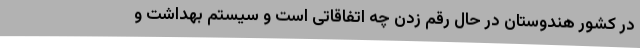
در کشور هندوستان در حال رقم زدن چه اتفاقاتی است‌ و سیستم بهداشت و